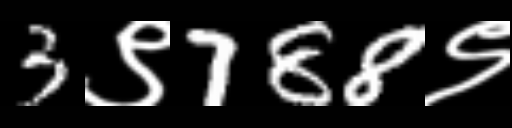
Text: 3९788९